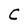
Character: C